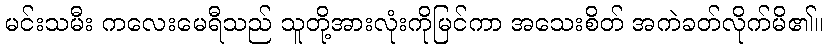
မင်းသမီး ကလေးမေရီသည် သူတို့အားလုံးကိုမြင်ကာ အသေးစိတ် အကဲခတ်လိုက်မိ၏။